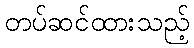
တပ်ဆင်ထားသည့်